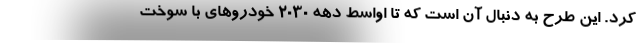
کرد. این طرح به دنبال آن است که تا اواسط دهه 2030 خودروهای با سوخت